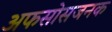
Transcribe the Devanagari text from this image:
अफसोसजनक